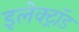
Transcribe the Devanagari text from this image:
इलेक्ट्रॉड